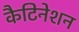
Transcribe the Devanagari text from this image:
कैटिनेशन